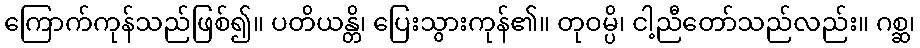
ကြောက်ကုန်သည်ဖြစ်၍။ ပတိယန္တိ၊ ပြေးသွားကုန်၏။ တုဝမ္ပိ၊ ငါ့ညီတော်သည်လည်း။ ဂစ္ဆ၊